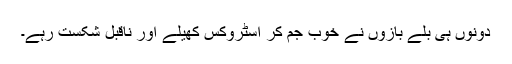
دونوں ہی بلے بازوں نے خوب جم کر اسٹروکس کھیلے اور ناقبل شکست رہے۔